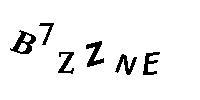
B7ZZNE